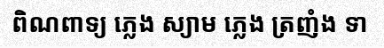
ពិណពាទ្យ ភ្លេង ស្យាម ភ្លេង ត្រញំង ទា